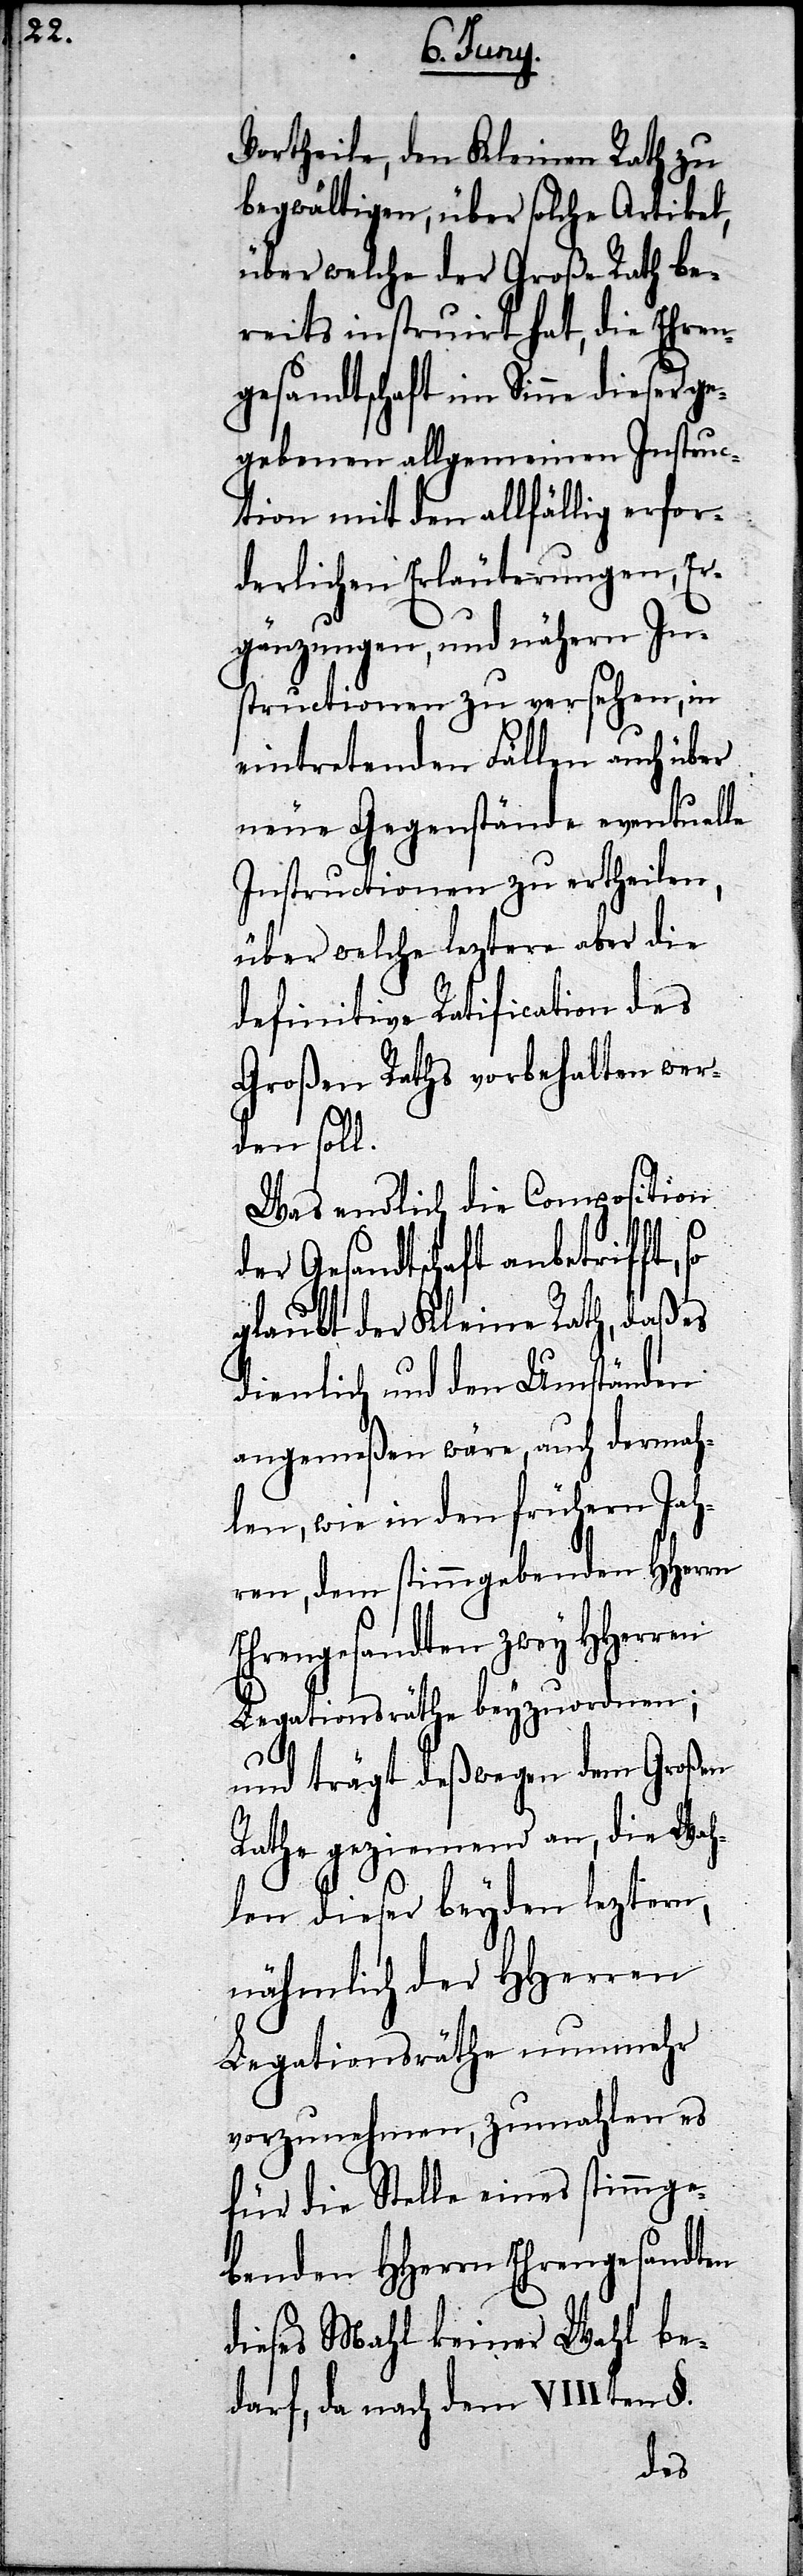
Vortheile, den Kleinen Rath zu
begwältigen, über solche Artikel,
über welche der Große Rath be¬
reits instruirt hat, die Ehren¬
gesandtschaft im Sinne dieser ge¬
gebenen allgemeinen Instruc¬
tion mit den allfällig erfor¬
derlichen Erläuterungen, Er¬
gänzungen, und nähern In¬
structionen zu versehen, in
eintretenden Fällen auch über
neue Gegenstände eventuelle
Instructionen zu ertheilen,
über welche leztere aber die
definitive Ratification des
Großen Raths vorbehalten wer¬
den soll.
Was endlich die Composition
der Gesandtschaft anbetrifft,
glaubt der Kleine Rath, daß es
dienlich und den Umständen
angemeßen wäre, auch dermah¬
len, wie in den frühern Jah¬
ren, dem stimmgebenden HHerrn
hrengesandten zwey HHerren
Legationsräthe beyzuordnen;
E¬
und trägt deßwegen dem Großen
Rathe geziemend an, die Wah¬
len dieser beyden leztern,
nähmlich der HHerren
Legationsräthe nunmehr
vorzunehmen, zumahlen es
für die Stelle eines stimmge¬
benden HHerrn Ehrengesandten
dieses Mahl keiner Wahl be¬
darf, da nach dem VIIIten §.